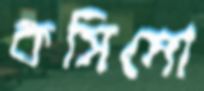
কসিমো